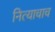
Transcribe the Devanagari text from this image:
नित्याचाच